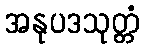
အနုပဒသုတ္တံ